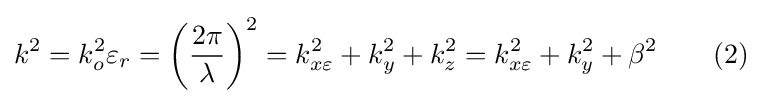
k^{2}=k_{o}^{2}\varepsilon _{r}=\left({\frac {2\pi }{\lambda }}\right)^{2}=k_{x\varepsilon }^{2}+k_{y}^{2}+k_{z}^{2}=k_{x\varepsilon }^{2}+k_{y}^{2}+\beta ^{2}\ \ \ \ \ \ (2)